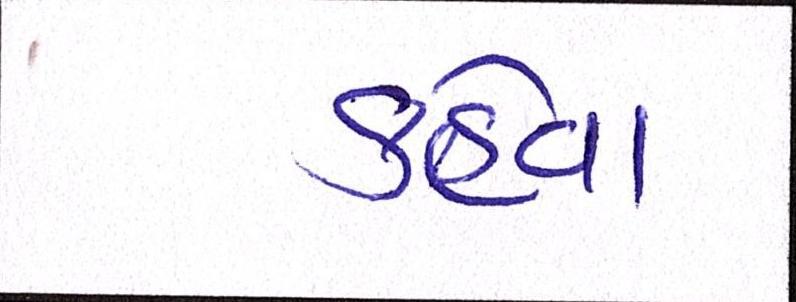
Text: કહેવા